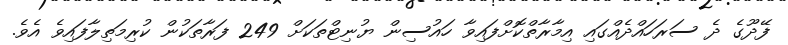
ފޭދޫގެ ދެ ސަރަހައްދެއްގައި އިމާރާތްކޮށްފައިވާ ހައުސިން ޔުނިޓްތަކަށް 249 ފަރާތަކުން ކުރިމަތިލާފައިވެ އެވެ.